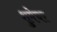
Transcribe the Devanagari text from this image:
शुमेचर